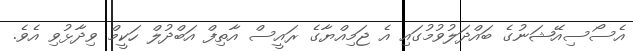
އެސޯސިއޭޝަނުގެ ބައްދަލުވުމުގައި އެ ޖަމިއްޔާގެ ރައީސް އާތިފް އަބްދުލް ހަކީމް ވިދާޅުވި އެވެ.